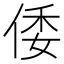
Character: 倭